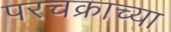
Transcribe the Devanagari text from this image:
परचक्राच्या